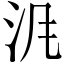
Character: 𱥹